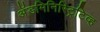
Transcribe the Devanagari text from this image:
अॅडमिनिस्ट्रिटिव्ह